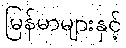
မြန်မာများနှင့်